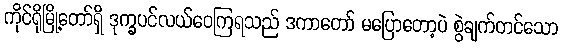
ကိုင်ရိုမြို့တော်ရှိ ဒုက္ခပင်လယ်ဝေကြရသည် ဒကာတော် မပြောတော့ပဲ စွဲချက်တင်သော